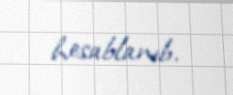
hesablanıb.